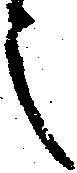
之